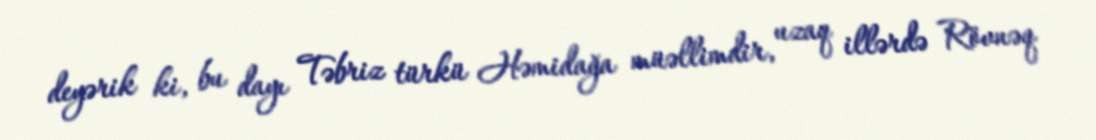
deyərik ki, bu dayı Təbriz türkü Həmidağa müəllimdir, uzaq illərdə Rövnəq